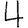
Digit: 4